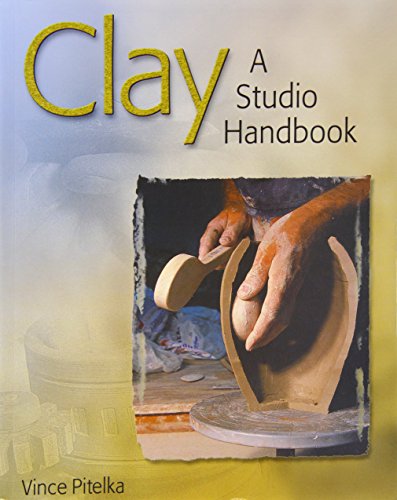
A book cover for Clay: A Studio Handbook; Vince Pitelka; Arts & Photography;